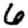
Digit: 6